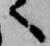
へ